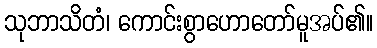
သုဘာသိတံ၊ ကောင်းစွာဟောတော်မူအပ်၏။